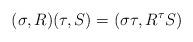
LaTeX: \begin{align*} (\sigma,R)(\tau,S)=(\sigma\tau, R^{\tau}S)\end{align*}